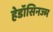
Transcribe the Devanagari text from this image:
हेडॉसिनज्म